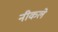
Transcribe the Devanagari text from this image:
नीकले